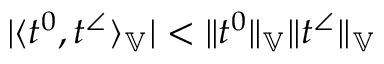
| \langle t ^ { 0 } , t ^ { \angle } \rangle _ { \mathbb { V } } | < \| t ^ { 0 } \| _ { \mathbb { V } } \| t ^ { \angle } \| _ { \mathbb { V } }